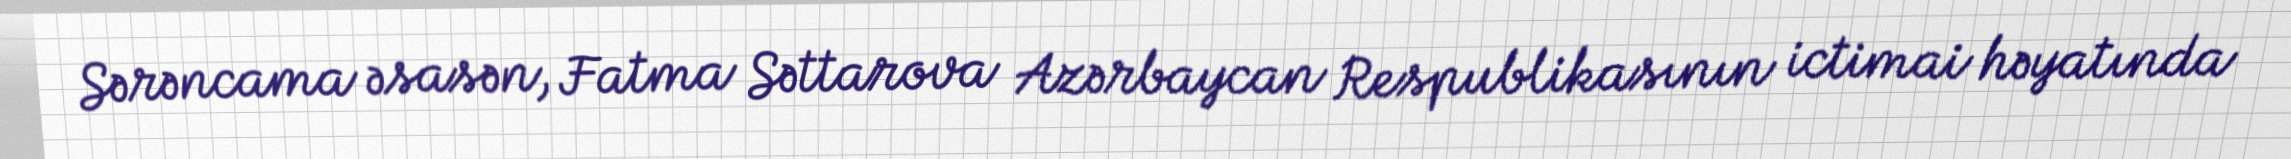
Sərəncama əsasən, Fatma Səttarova Azərbaycan Respublikasının ictimai həyatında